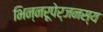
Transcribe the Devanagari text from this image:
भिन्नरूपेर्जनस्य